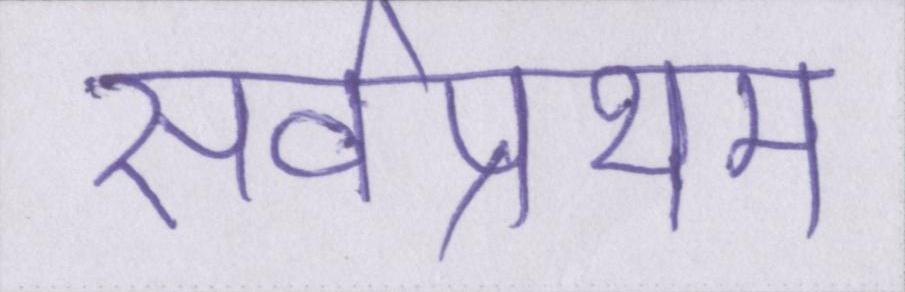
सर्वप्रथम